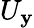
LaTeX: U_{\mathbf{y}}